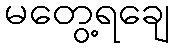
မတွေ့ရချေ